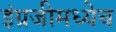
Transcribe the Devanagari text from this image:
इंग्रजीमध्येच